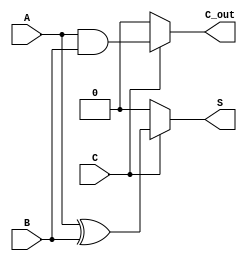
module Conditional_Half_Adder (
    input wire A,       // First single-bit input
    input wire B,       // Second single-bit input
    input wire C,       // Conditional control input
    output reg S,       // Sum output
    output reg C_out    // Carry output
);

    always @(*) begin
        if (C) begin
            S = A ^ B;      // Sum = A XOR B
            C_out = A & B;  // Carry = A AND B
        end else begin
            S = 1'b0;       // Sum = 0
            C_out = 1'b0;   // Carry = 0
        end
    end

endmodule